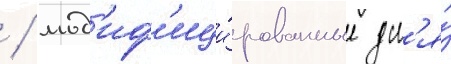
 / мод'иф'ици́рованные дл'я́